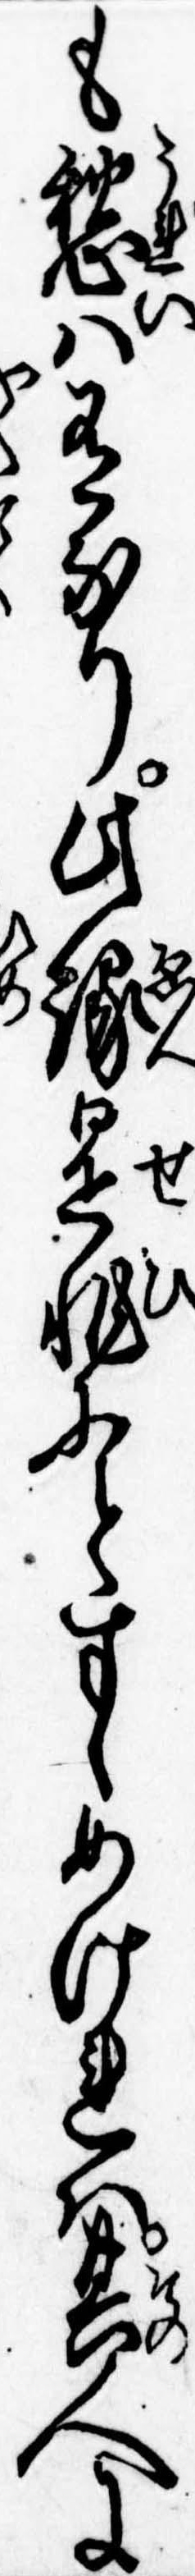
も愁は有なり此縁是非にとすゝめけれは其人に